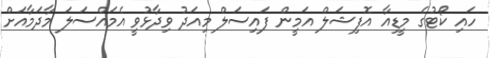
ހައި ކޯޓުގެ މީޑިއާ އޮފިޝަލް އަމީން ފައިސަލް މިއަދު ވިދާޅުވީ އެމައްސަލަ މާދަމާއަށް